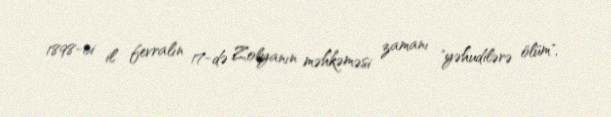
1898-ci il fevralın 17-də Zolyanın məhkəməsi zamanı "yəhudilərə ölüm",